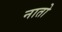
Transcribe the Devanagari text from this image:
नातो